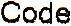
CODE